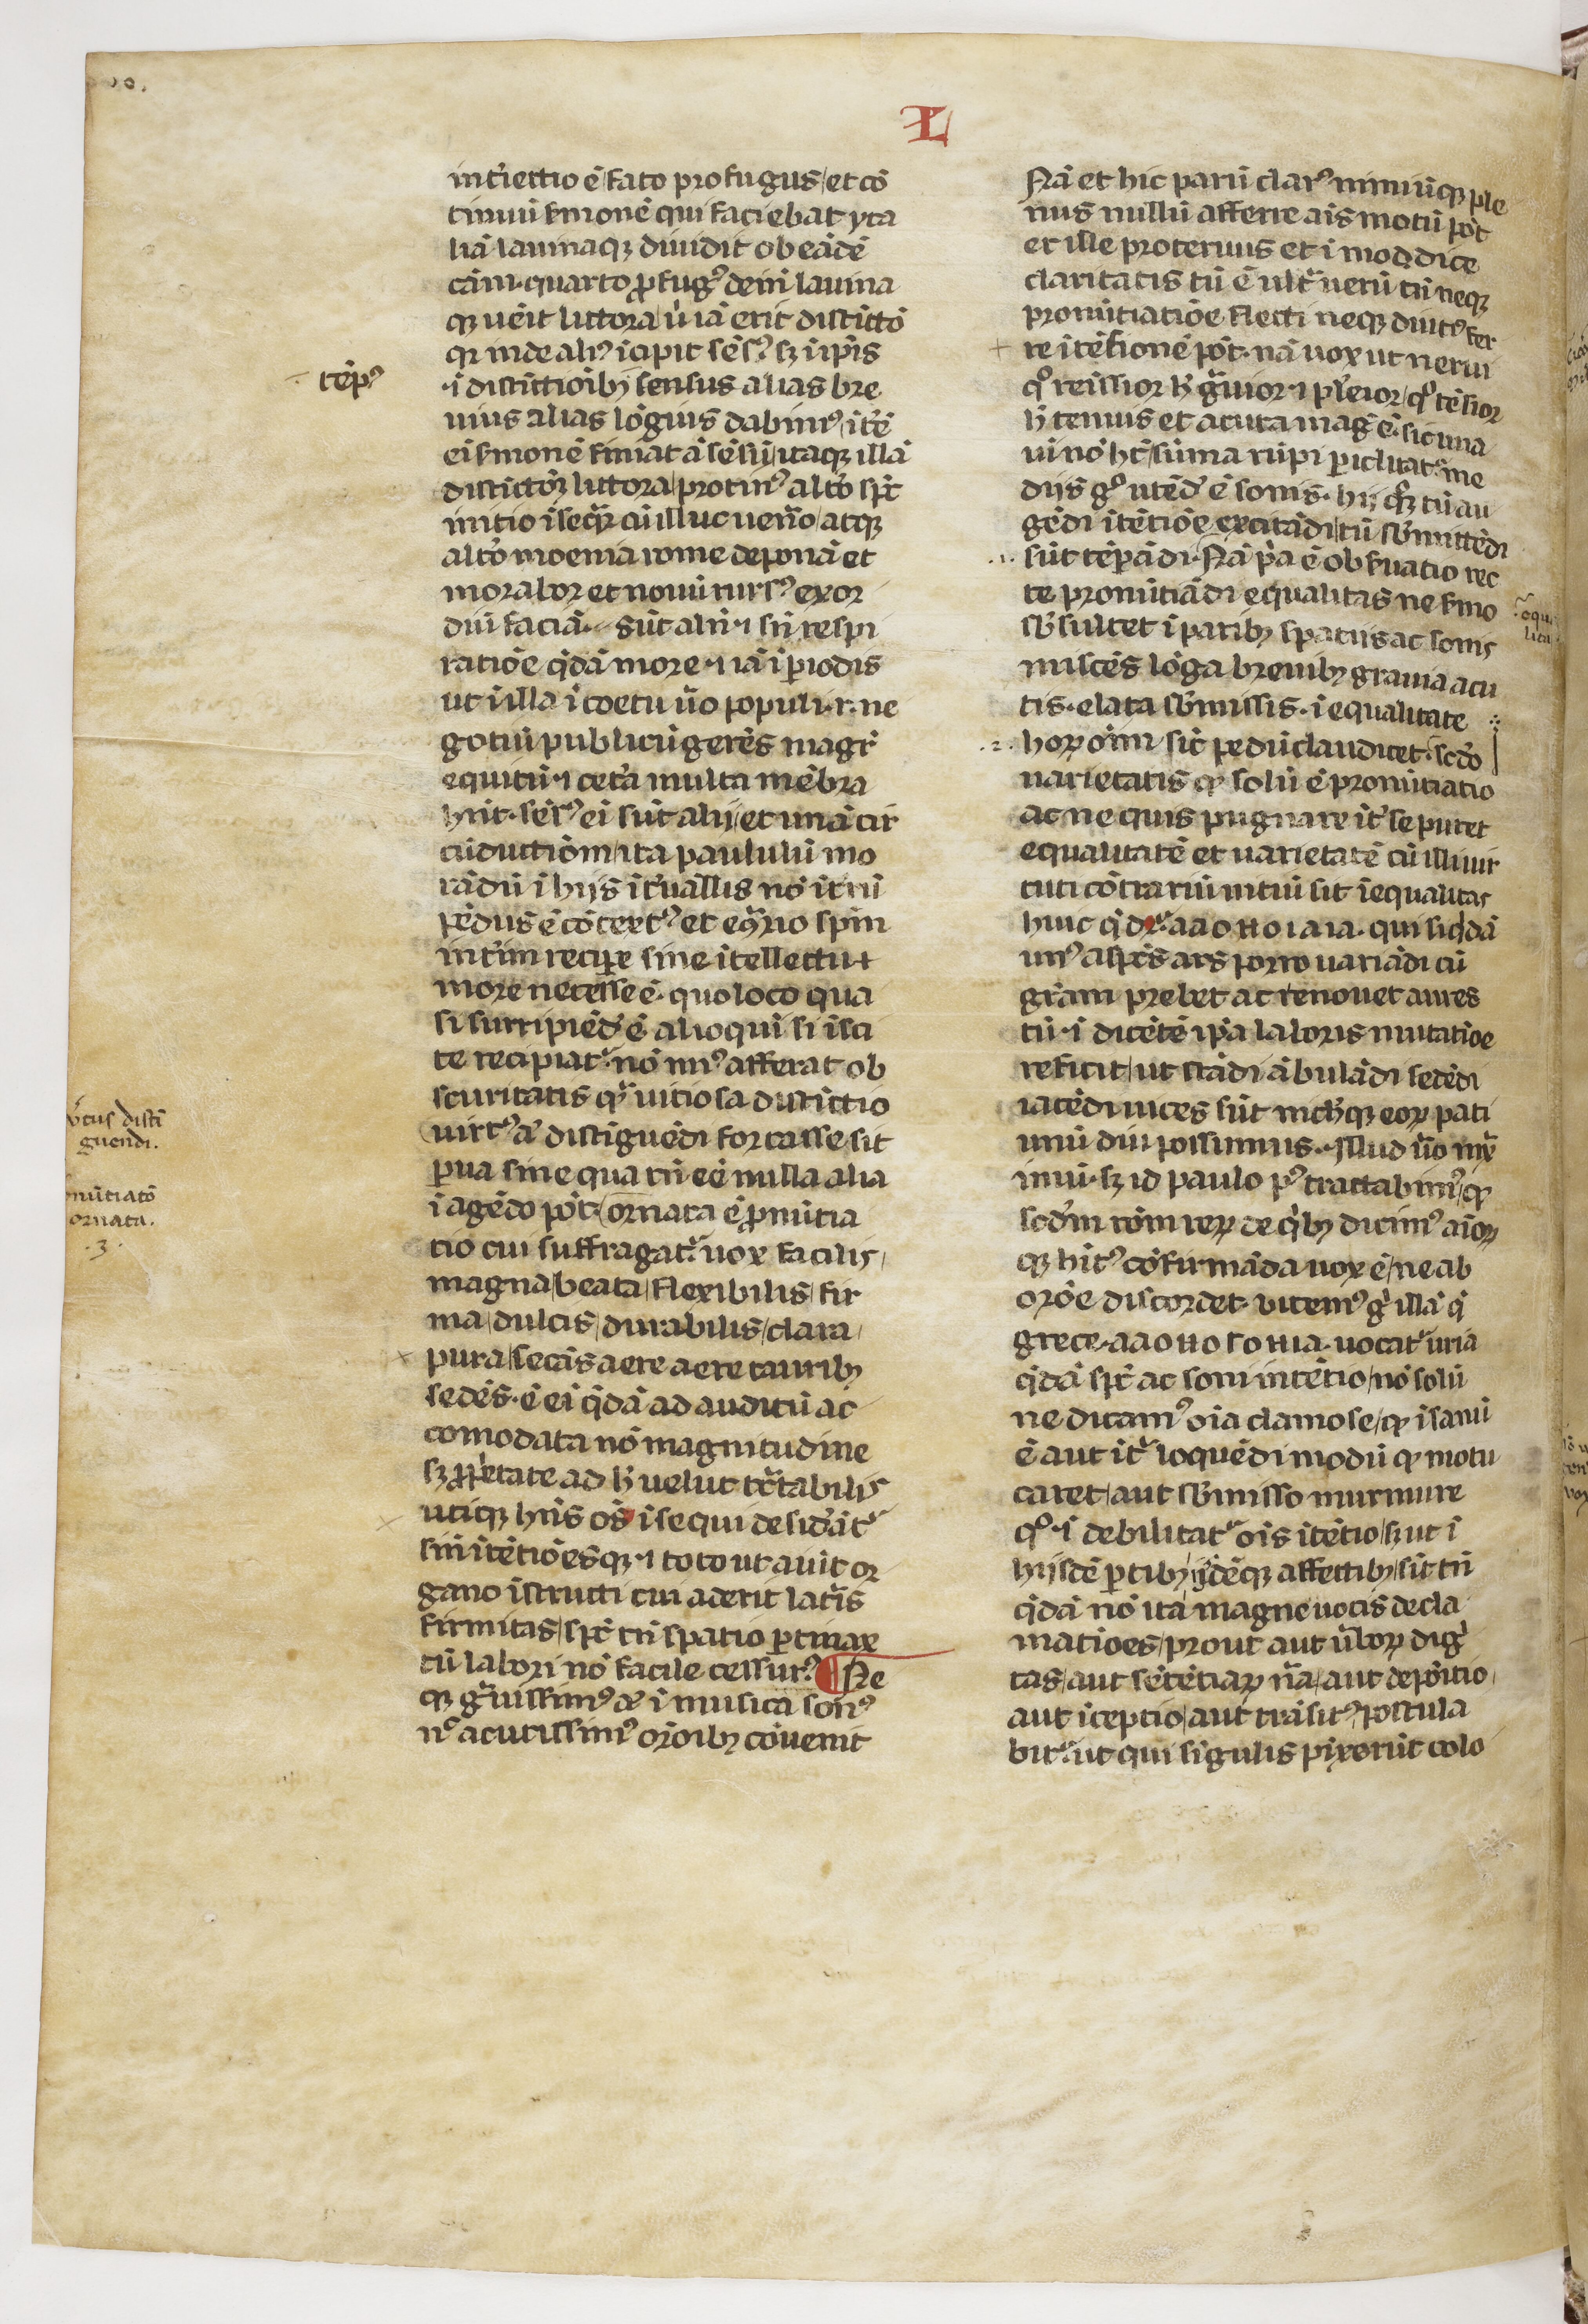
Shelfmark: Paris, BnF, lat. 7720
Century: 14